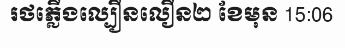
រថភ្លើងល្បឿនលឿន២ ខែមុន 15:06